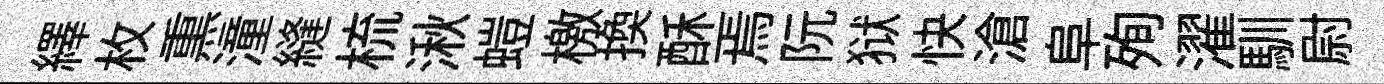
繹枚𤋱潼縫梳湫螘檄换酥焉阮狱快滄阜殉濯馴尉